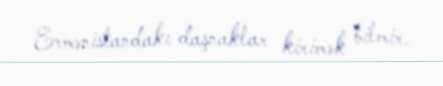
Ermənistandakı daşnaklar kirimək bilmir.